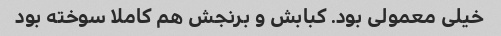
خیلی معمولی بود. کبابش و برنجش هم کاملا سوخته بود